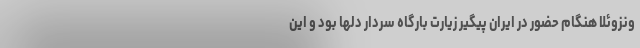
ونزوئلا هنگام حضور در ایران پیگیر زیارت بارگاه سردار دلها بود و این